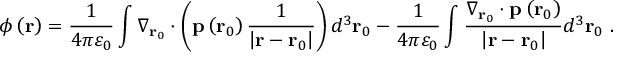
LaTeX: \phi \left( \mathbf { r } \right) = { \frac { 1 } { 4 \pi \varepsilon _ { 0 } } } \int \nabla _ { \mathbf { r } _ { 0 } } \cdot \left( \mathbf { p } \left( \mathbf { r } _ { 0 } \right) { \frac { 1 } { \left| \mathbf { r } - \mathbf { r } _ { 0 } \right| } } \right) d ^ { 3 } \mathbf { r } _ { 0 } - { \frac { 1 } { 4 \pi \varepsilon _ { 0 } } } \int { \frac { \nabla _ { \mathbf { r } _ { 0 } } \cdot \mathbf { p } \left( \mathbf { r } _ { 0 } \right) } { \left| \mathbf { r } - \mathbf { r } _ { 0 } \right| } } d ^ { 3 } \mathbf { r } _ { 0 } \ .